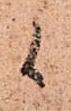
候